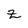
Character: z